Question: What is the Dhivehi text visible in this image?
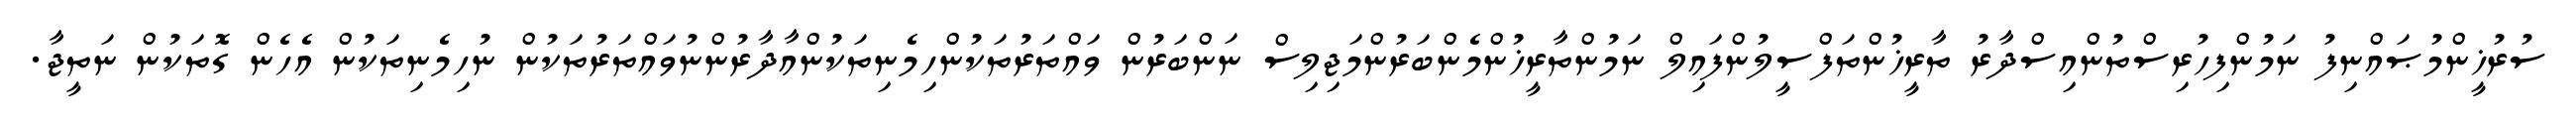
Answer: ސުރުޚީންމުޞައްނިފު ނަމުންފިހުރިސްތުންއިސްދާރު ތާރީޚުންތަފްސީލުންފައިލް ނަމުންތާރީޚުންމެންބަރުންމަޖިލިސް ނަންބަރުން ވައްތަރުތަކުންހިމެނިތަކުންއާދާރުންނުވައްތަރުތަކުން ނުހިމެނިތަކުން އެހެން ގޮތަކުން ނަތީޖާ.